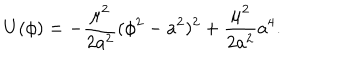
U ( \phi ) = - \frac { \mu ^ { 2 } } { 2 a ^ { 2 } } ( \phi ^ { 2 } - a ^ { 2 } ) ^ { 2 } + \frac { \mu ^ { 2 } } { 2 a ^ { 2 } } a ^ { 4 } .